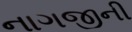
નાગજીની